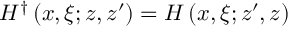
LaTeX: H ^ { \dagger } \left( x , \xi ; z , z ^ { \prime } \right) = H \left( x , \xi ; z ^ { \prime } , z \right)